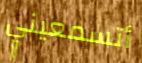
أتسمعيني